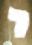
י